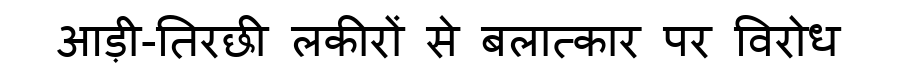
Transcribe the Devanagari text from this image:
आड़ी-तिरछी लकीरों से बलात्कार पर विरोध